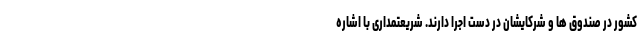
کشور در صندوق ها و شرکایشان در دست اجرا دارند. شریعتمداری با اشاره